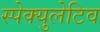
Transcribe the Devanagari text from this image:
स्पेक्युलेटिव